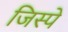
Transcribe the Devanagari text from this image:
जिस्पे